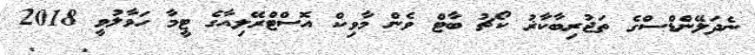
ނެދަލޭންޑްސްގެ ތަޖުރިބާކާޜު ކޯޗު ބާޓް ވެން މާވިކް އޮސްޓްރޭލިއާގެ ޓީމާ ހަވާލުވީ 2018